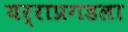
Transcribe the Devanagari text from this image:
यर्राप्रगडला